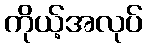
ကိုယ့်အလုပ်